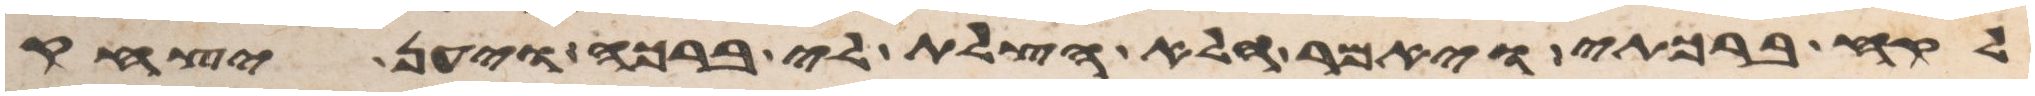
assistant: לקח ברכתי ויאמר הלא הצלת לי ברכה ויען יצחק